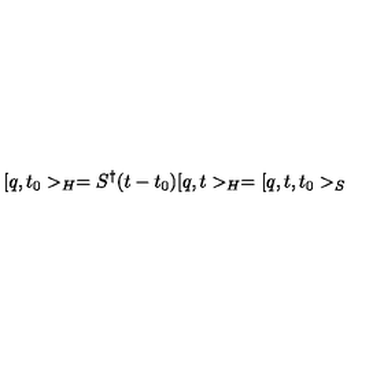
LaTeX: [ q , t _ { 0 } > _ { H } = S ^ { \dagger } ( t - t _ { 0 } ) [ q , t > _ { H } = [ q , t , t _ { 0 } > _ { S }